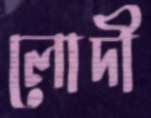
লোদী